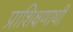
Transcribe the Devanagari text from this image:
प्राशिक्षणार्थी